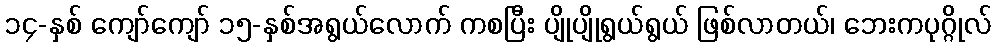
၁၄-နှစ် ကျော်ကျော် ၁၅-နှစ်အရွယ်လောက် ကစပြီး ပျိုပျိုရွယ်ရွယ် ဖြစ်လာတယ်၊ ဘေးကပုဂ္ဂိုလ်